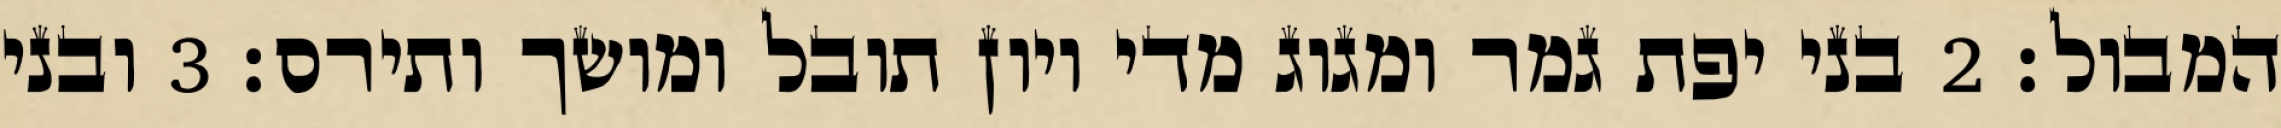
המבול׃ ‎2‏ בני יפת גמר ומגוג מדי ויון תובל ומושך ותירס׃ ‎3‏ ובני